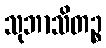
သုဘာသိတဉ္စ